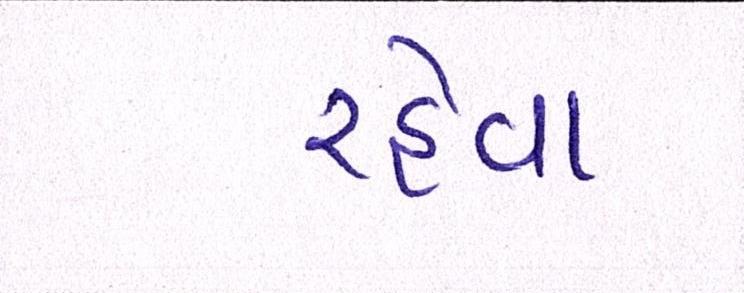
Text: રહેવા